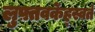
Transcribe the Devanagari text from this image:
लुफ़्तवर्केह्स्वर्त